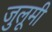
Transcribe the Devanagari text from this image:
जुलूमी